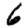
Digit: 6